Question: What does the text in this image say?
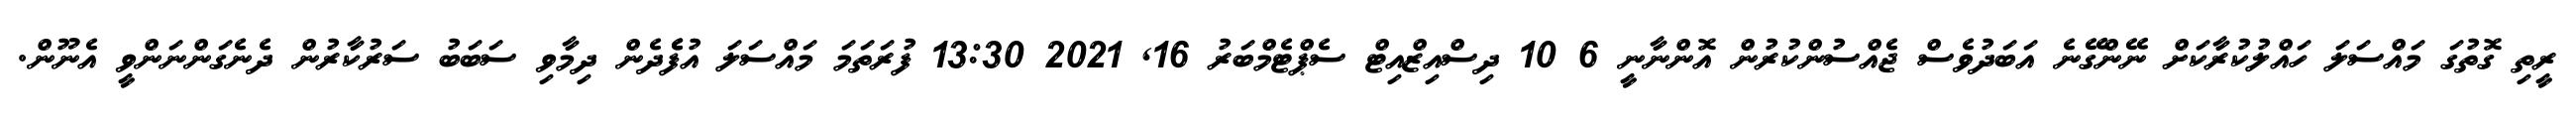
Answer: ރީތި ގޮތުގަ މައްސަލަ ހައްލުކުރާކަށް ނޭންގޭނެ އަބަދުވެސް ޖެއްސުންކުރުން އޮންނާނީ 6 10 ދިސްއިޒްއިޓް ސެޕްޓެމްބަރު 16, 2021 13:30 ފުރަތަމަ މައްސަލަ އުފެެދެން ދިމާވި ސަބަބު ސަރުކާރުން ދެނެގަންނަންވީ އެނޫން.